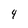
Character: 4